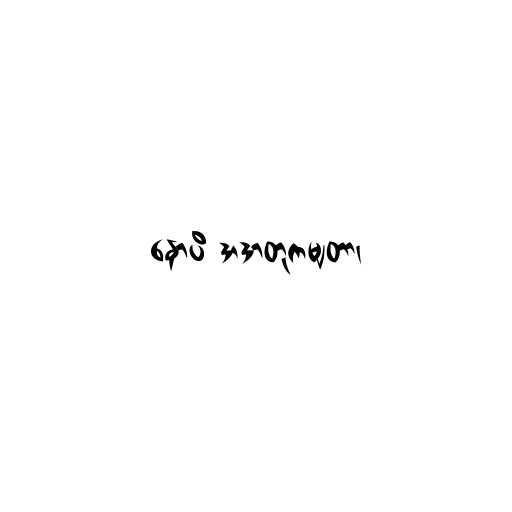
နောပိ အဒာတုကမျတာ၊